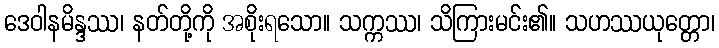
ဒေဝါနမိန္ဒဿ၊ နတ်တို့ကို အစိုးရသော။ သက္ကဿ၊ သိကြားမင်း၏။ သဟဿယုတ္တော၊